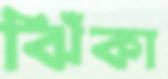
ঝিঁকা